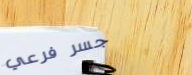
جسر فرعي